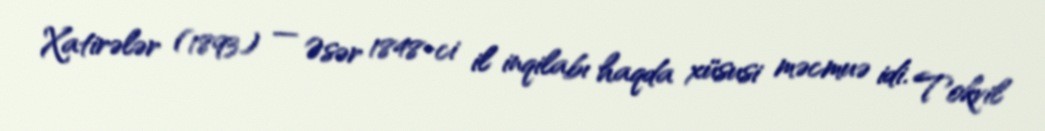
Xatirələr (1893) — Əsər 1848-ci il inqilabı haqda xüsusi məcmuə idi. Tokvil